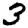
Digit: 3